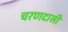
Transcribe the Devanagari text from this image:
चरणदासी